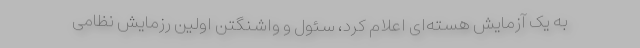
به یک آزمایش هسته‌ای اعلام کرد، سئول و واشنگتن اولین رزمایش نظامی